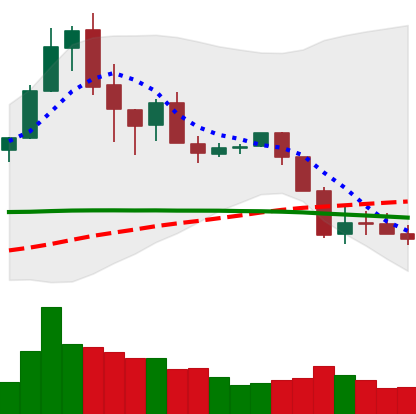
Ticker: XRP-USD
Chart end date: 2020-03-01
Forward return: 6.66%
Label: up_5_7